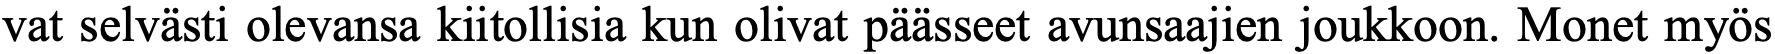
vat selvästi olevansa kiitollisia kun olivat päässeet avunsaajien joukkoon. Monet myös